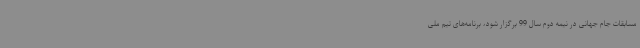
مسابقات جام جهانی در نیمه دوم سال 99 برگزار شود، برنامه‌های تیم ملی